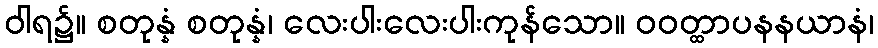
ဝါရ၌။ စတုန္နံ စတုန္နံ၊ လေးပါးလေးပါးကုန်သော။ ဝဝတ္ထာပနနယာနံ၊